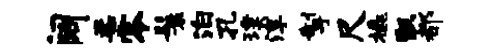
阔柔零鬟泊孔璞淳掣尺橇甑都